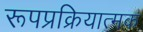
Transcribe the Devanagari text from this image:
रूपप्रक्रियात्मक